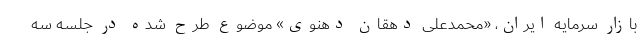
بازار سرمایه ایران، «محمدعلی دهقان دهنوی» موضوع طرح شده در جلسه سه